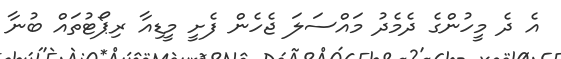
އެ ދެ މީހުންގެ ދެމެދު މައްސަލަ ޖެހެން ފެށީ މީޑިއާ ރިޕޯޓުތައް ބުނާ